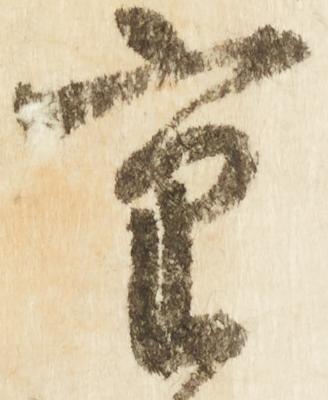
重